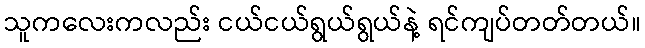
သူကလေးကလည်း ငယ်ငယ်ရွယ်ရွယ်နဲ့ ရင်ကျပ်တတ်တယ်။